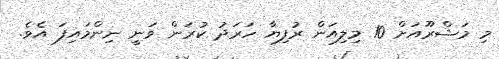
މި މަޝްރޫއަށް 10 މިިލިއަން ރުފިޔާ ހަރަދު ކުރަން ވަނީ ނިންމައިފަ އެވެ.